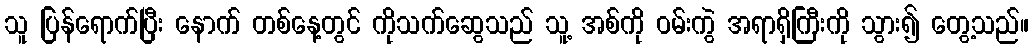
သူ ပြန်ရောက်ပြီး နောက် တစ်နေ့တွင် ကိုသက်ဆွေသည် သူ့ အစ်ကို ဝမ်းကွဲ အရာရှိကြီးကို သွား၍ တွေ့သည်။